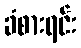
ခံစားရင်း